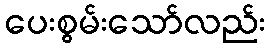
ပေးစွမ်းသော်လည်း